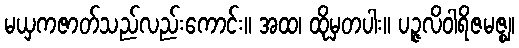
မယှကဇာတ်သည်လည်းကောင်း။ အထ၊ ထိုမှတပါး။ ပဉ္ဇလိဝါရိဇမဇ္ဈ၊